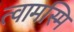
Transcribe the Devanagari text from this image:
त्वामस्मि